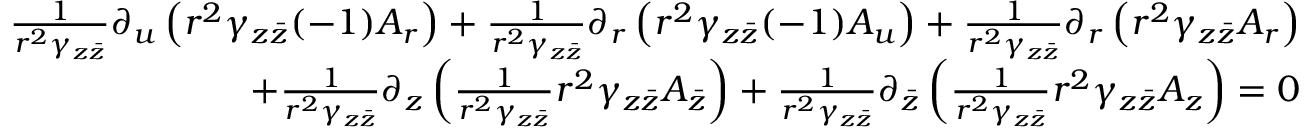
\begin{array} { r } { \frac { 1 } { r ^ { 2 } \gamma _ { z \bar { z } } } \partial _ { u } \left( r ^ { 2 } \gamma _ { z \bar { z } } ( - 1 ) A _ { r } \right) + \frac { 1 } { r ^ { 2 } \gamma _ { z \bar { z } } } \partial _ { r } \left( r ^ { 2 } \gamma _ { z \bar { z } } ( - 1 ) A _ { u } \right) + \frac { 1 } { r ^ { 2 } \gamma _ { z \bar { z } } } \partial _ { r } \left( r ^ { 2 } \gamma _ { z \bar { z } } A _ { r } \right) } \\ { + \frac { 1 } { r ^ { 2 } \gamma _ { z \bar { z } } } \partial _ { z } \left( \frac { 1 } { r ^ { 2 } \gamma _ { z \bar { z } } } r ^ { 2 } \gamma _ { z \bar { z } } A _ { \bar { z } } \right) + \frac { 1 } { r ^ { 2 } \gamma _ { z \bar { z } } } \partial _ { \bar { z } } \left( \frac { 1 } { r ^ { 2 } \gamma _ { z \bar { z } } } r ^ { 2 } \gamma _ { z \bar { z } } A _ { z } \right) = 0 } \end{array}